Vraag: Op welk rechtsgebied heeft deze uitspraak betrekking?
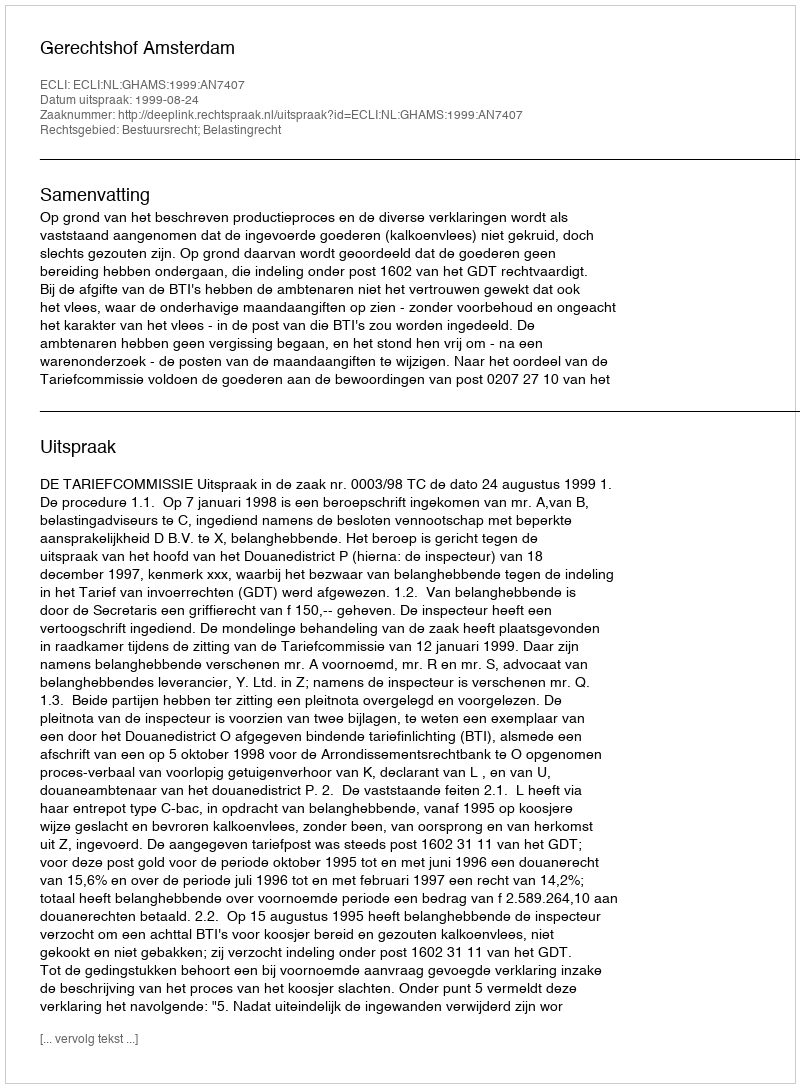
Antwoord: Bestuursrecht; Belastingrecht